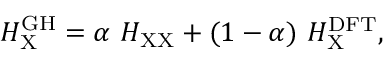
H _ { \mathrm { X } } ^ { \mathrm { G H } } = \alpha \ H _ { \mathrm { X X } } + ( 1 - \alpha ) \ H _ { \mathrm { X } } ^ { \mathrm { D F T } } ,